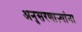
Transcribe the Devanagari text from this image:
अनुसरणाऱ्यांना